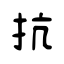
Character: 抗